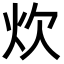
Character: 炊